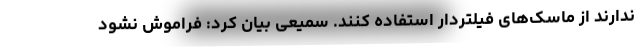
ندارند از ماسک‌های فیلتردار استفاده کنند. سمیعی بیان کرد: فراموش نشود